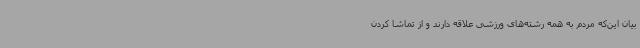
بیان این‌که مردم به همه رشته‌های ورزشی علاقه دارند و از تماشا کردن